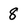
Character: 8